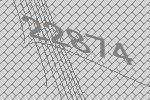
22874